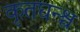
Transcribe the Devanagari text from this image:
कृतघन्श्च